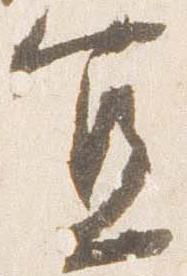
宜